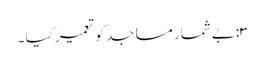
۳:بے شمار مساجد کو تعمیر کیا ۔